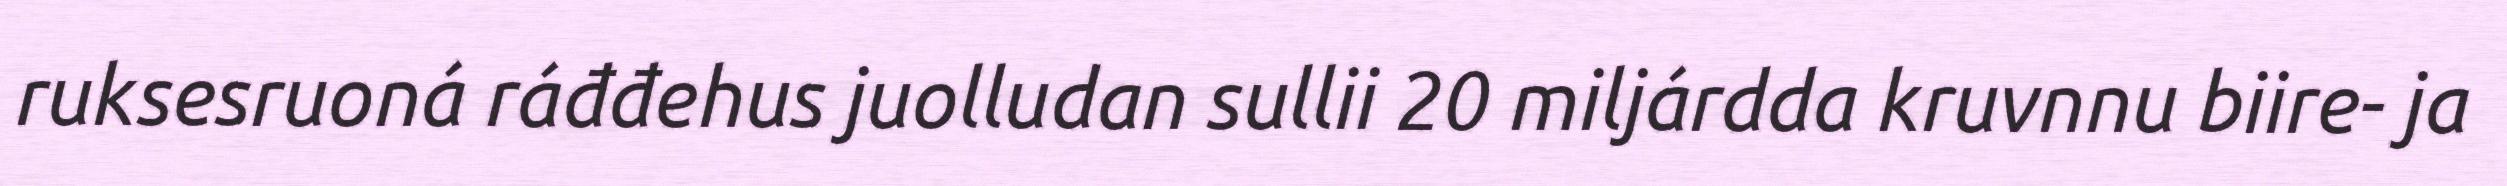
ruksesruoná ráđđehus juolludan sullii 20 miljárdda kruvnnu biire- ja